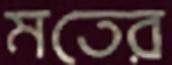
মতের